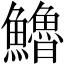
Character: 𩽈